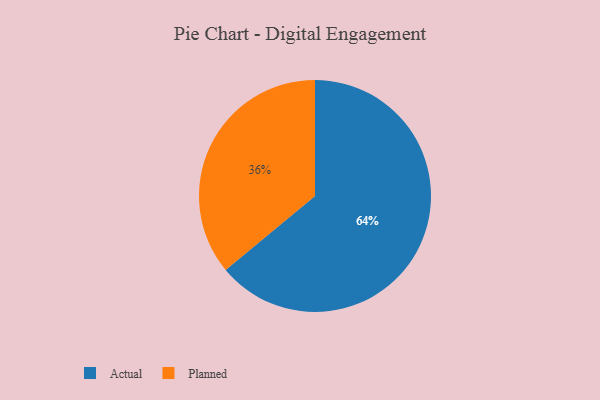
{"axis": {"x": "Category", "y": "Percentage"}, "legend": ["Actual", "Planned"], "data": [{"x": "Actual", "y": 64, "type": "Actual"}, {"x": "Planned", "y": 36, "type": "Planned"}]}